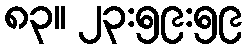
၈၃။ ၂၃:၅၉:၅၉